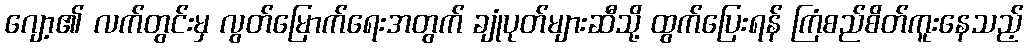
ဂျော့၏ လက်တွင်းမှ လွတ်မြောက်ရေးအတွက် ချုံပုတ်များဆီသို့ ထွက်ပြေးရန် ကြံစည်စိတ်ကူးနေသည့်